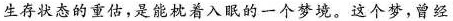
生存状态的重估，是能枕着入眠的一个梦境。这个梦，曾经